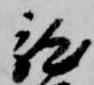
龍